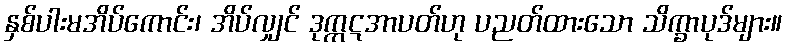
နှစ်ပါးမအိပ်ကောင်း၊ အိပ်လျှင် ဒုက္ကဋအာပတ်ဟု ပညတ်ထားသော သိက္ခာပုဒ်များ။